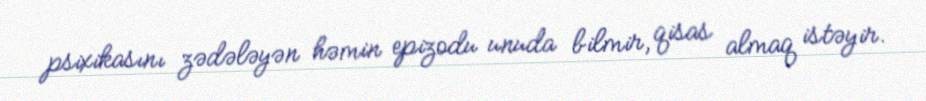
psixikasını zədələyən həmin epizodu unuda bilmir, qisas almaq istəyir.